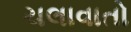
ચલાવાતો